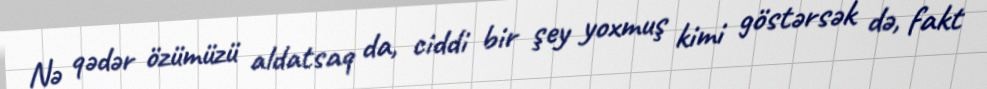
Nə qədər özümüzü aldatsaq da, ciddi bir şey yoxmuş kimi göstərsək də, fakt